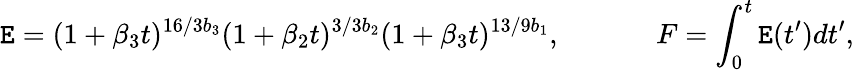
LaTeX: \mathtt{E}=(1+\beta_{3}t)^{16/3b_{3}}(1+\beta_{2}t)^{3/3b_{2}}(1+\beta_{3}t)^{13/9b_{1}},\; \; \; \; \; \; \; \; \; \; \; \; F=\int_{0}^{t}\mathtt{E}(t^{\prime})dt^{\prime},